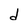
Character: d